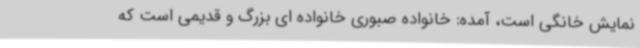
نمایش خانگی است، آمده: خانواده صبوری خانواده ای بزرگ و قدیمی است که